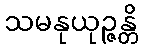
သမနုယုဉ္ဇန္တိ